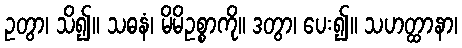
ဥတွာ၊ သိ၍။ သဓနံ၊ မိမိဥစ္စာကို။ ဒတွာ၊ ပေး၍။ သဟတ္ထာနာ၊